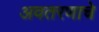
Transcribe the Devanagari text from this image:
अवतरणाचे